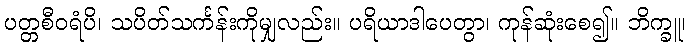
ပတ္တစီဝရံပိ၊ သပိတ်သင်္ကန်းကိုမျှလည်း။ ပရိယာဒါပေတွာ၊ ကုန်ဆုံးစေ၍။ ဘိက္ခူ၊